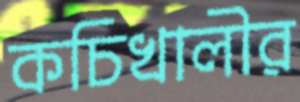
কচিখালীর